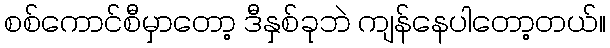
စစ်ကောင်စီမှာတော့ ဒီနှစ်ခုဘဲ ကျန်နေပါတော့တယ်။